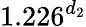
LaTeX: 1.226^{d_{2}}